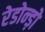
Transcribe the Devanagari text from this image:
रेडोन्ड़ो